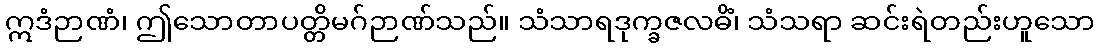
ဣဒံဉာဏံ၊ ဤသောတာပတ္တိမဂ်ဉာဏ်သည်။ သံသာရဒုက္ခဇလဓိံ၊ သံသရာ ဆင်းရဲတည်းဟူသော